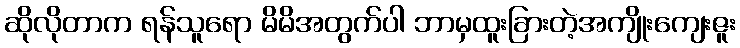
ဆိုလိုတာက ရန်သူရော မိမိအတွက်ပါ ဘာမှထူးခြားတဲ့အကျိုးကျေးဇူး